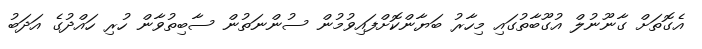
އެގޮތަށް ގާނޫނުލް އުގޫބާތުގައި މިހާރު ބަޔާންކޮށްފައިވުމުން ސުންނަތުން ސާބިތުވާން ހުރި ހައްދުގެ އަދަބު